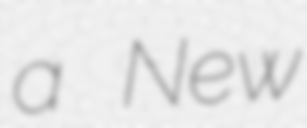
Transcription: a New